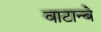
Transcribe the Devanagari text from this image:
वाटान्बे